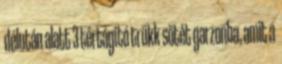
délután alatt 3 tértágító trükk sötét garzonba, amit a